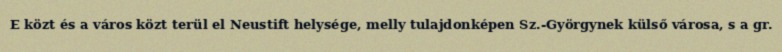
E közt és a város közt terül el Neustift helysége, melly tulajdonképen Sz.-Györgynek külső városa, s a gr.